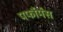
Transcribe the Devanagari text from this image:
पर्फौर्मंस